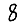
Digit: 8